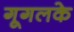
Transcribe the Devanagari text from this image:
गूगलके